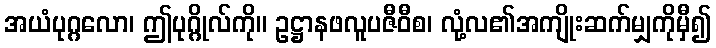
အယံပုဂ္ဂလော၊ ဤပုဂ္ဂိုလ်ကို။ ဥဋ္ဌာနဖလူပဇီဝီစ၊ လုံ့လ၏အကျိုးဆက်မျှကိုမှီ၍